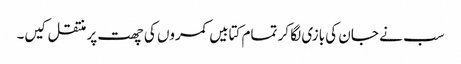
سب نے جان کی بازی لگا کر تمام کتابیں کمروں کی چھت پر منتقل کیں۔